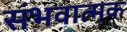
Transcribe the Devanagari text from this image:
संभवात्मक